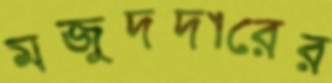
মজুদদারের